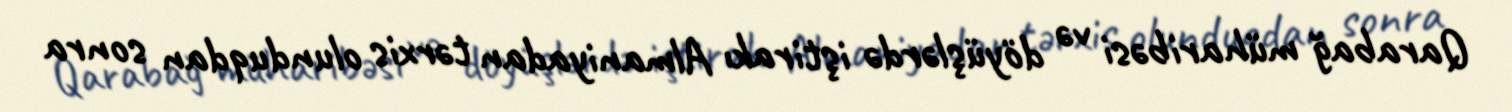
Qarabağ müharibəsi və döyüşlərdə iştirakı Almaniyadan tərxis olunduqdan sonra